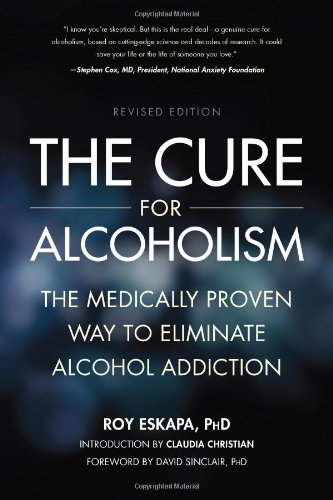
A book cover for The Cure for Alcoholism: The Medically Proven Way to Eliminate Alcohol Addiction; Roy Eskapa; Health, Fitness & Dieting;